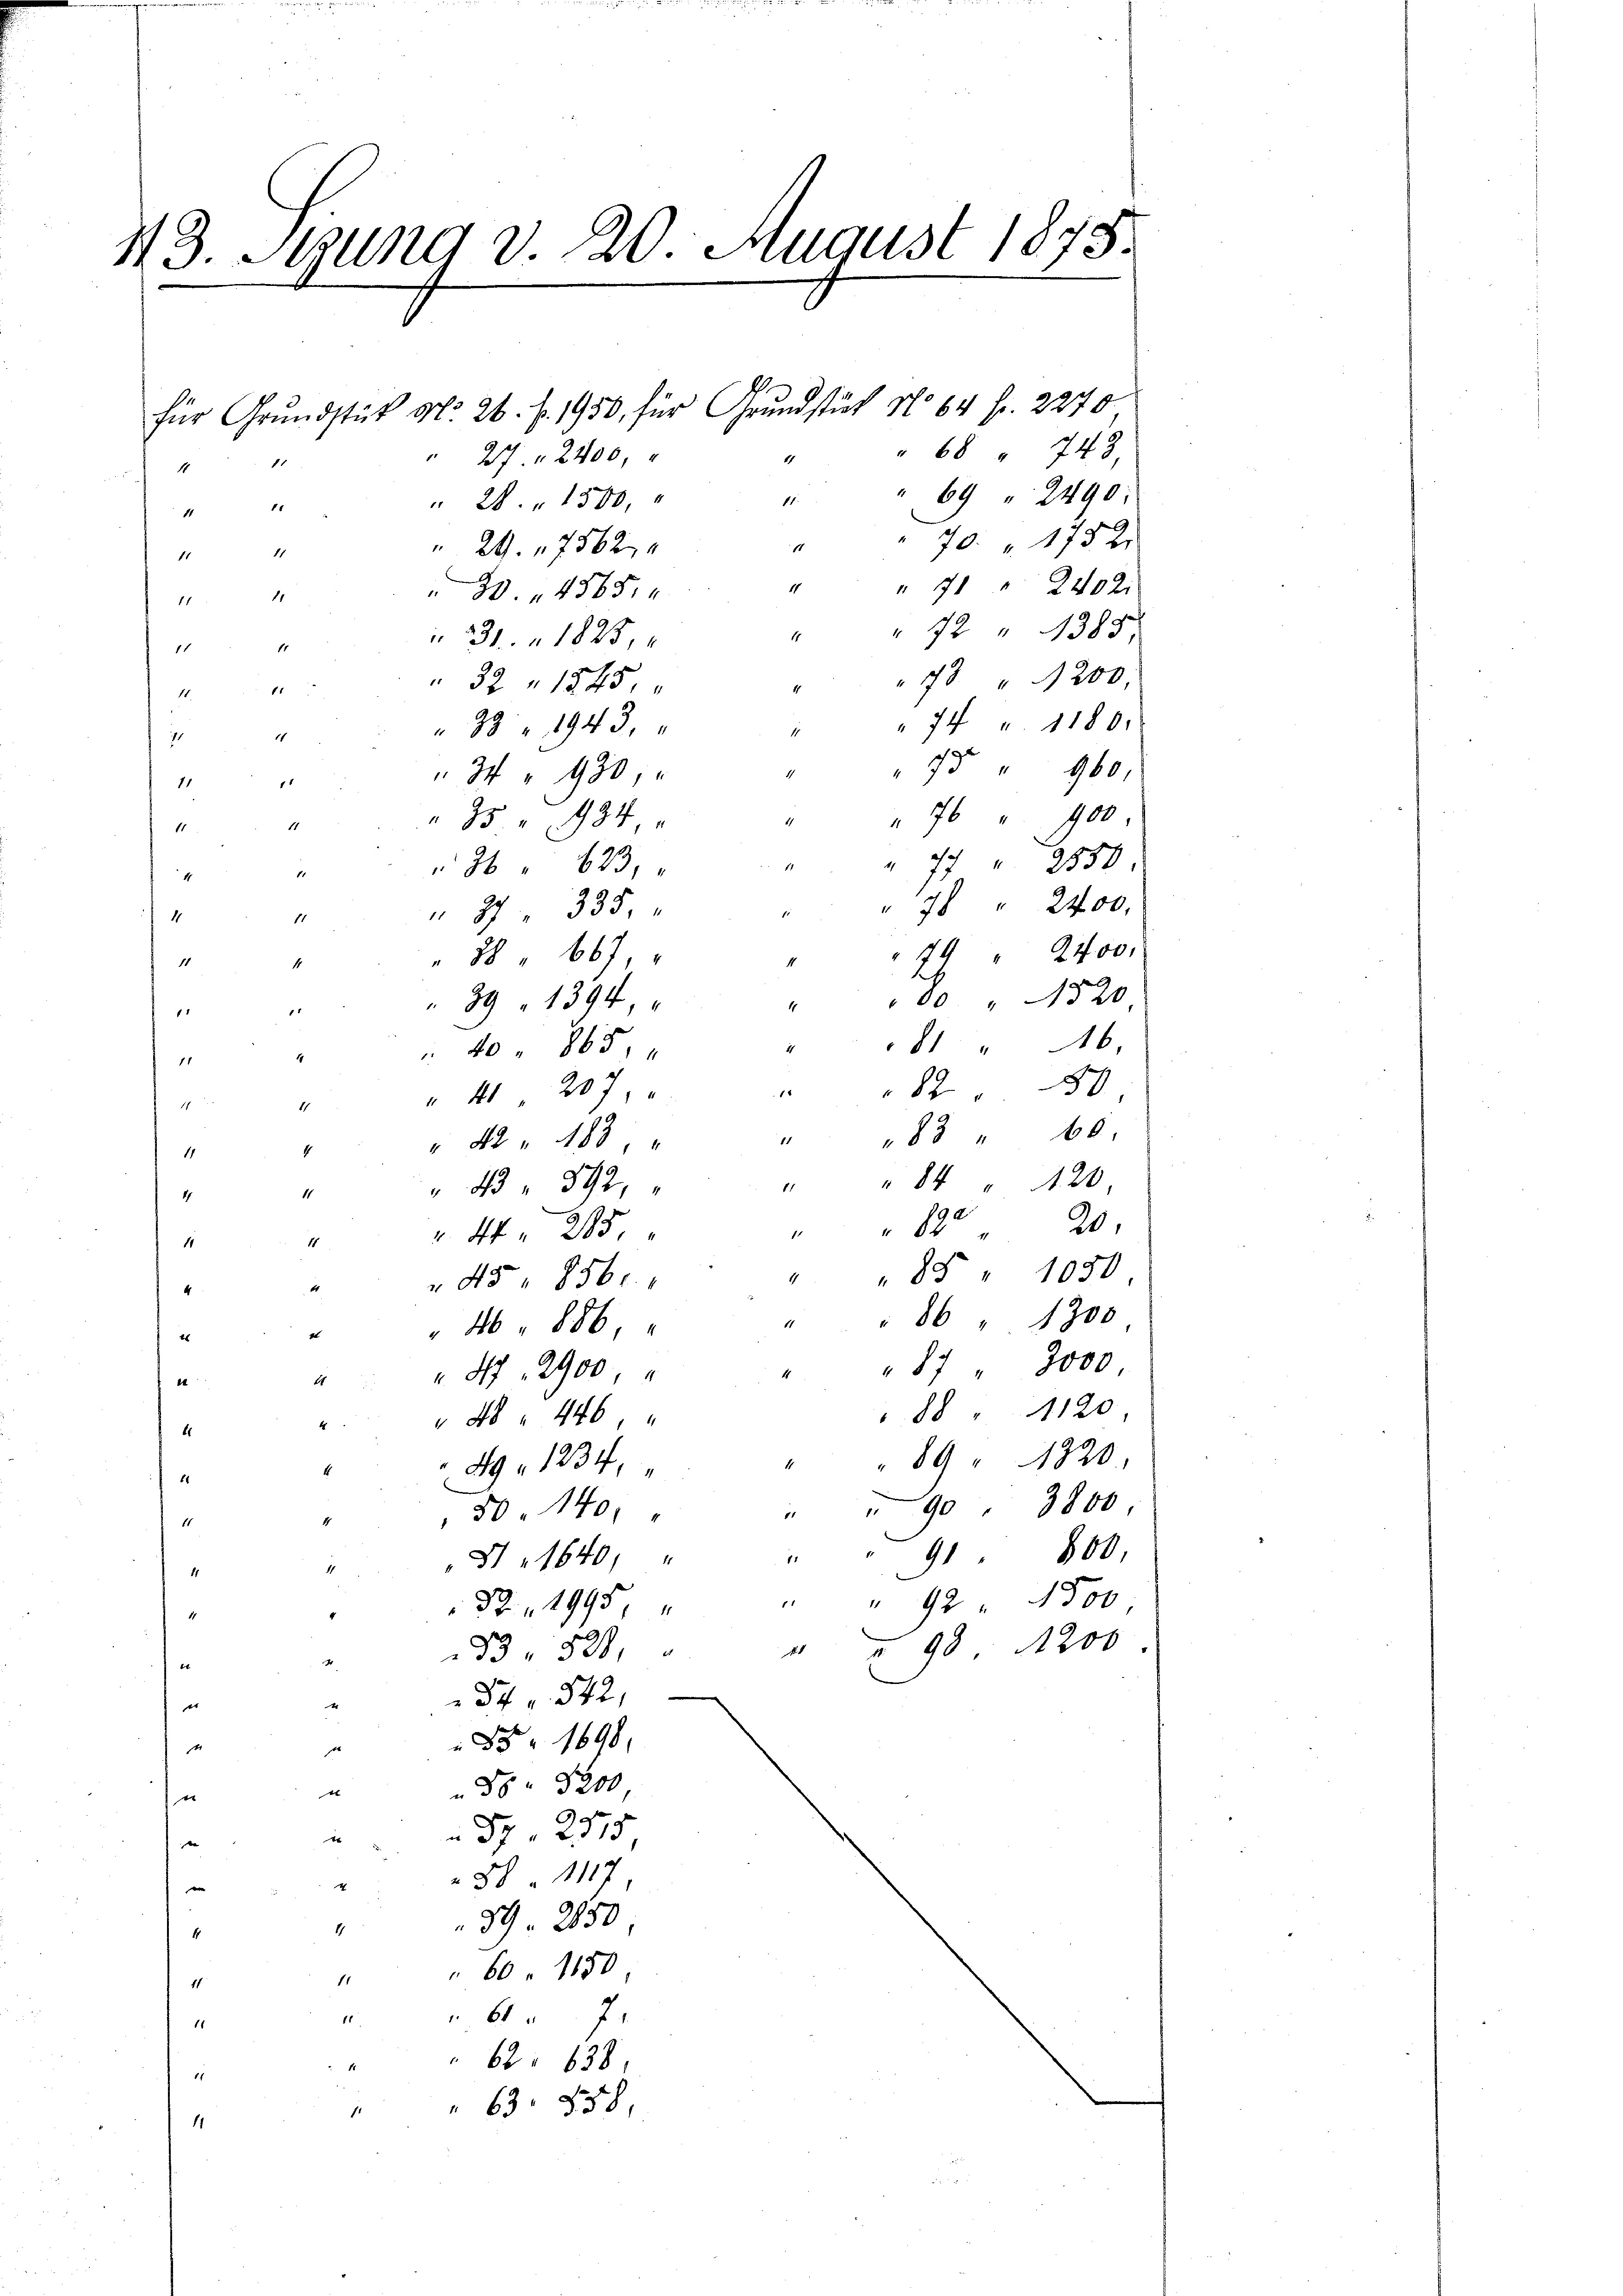
43. Stzung v. 20. August 1878.

für Grundstück No. 26. f. 1950, für Grundstück No 64 fr. 2270

1
1
11
11
11
1
11
11

" 27. 2400.
11.
" 28. " 1500,
11
29. 7562
2. 4505
 31. 1825,
11
1
32 1845
 x
38 " 1943.
11
71
75
s
34 " 430,
11
11
11
35. 984.
11
 76 633,
 27. 335.
4
1.
88 " 667.
1
39 " 1394,
 E
"40 " 865.
11
14
" 41 207,
i
11
1
" " 183,
11
1
"   392,
11
1
 44. 285.
1
45 8560.
46. 886.
 87. 2900,
e
" 48. 446,
49. 1234,
1
50. 140.
1
81640,
82. 1995,
33. 521,
34. 542.
85 1698.
1.
x
88. 3300
t
 57. 2315
t
881117
39. 2850
1
4
60. 1150
1.
11
 617
11
11
62. 638
.
 63. 858,
1

7 " 2400.
79 " 2400.
1
e
00 " 20
16.
11
820.
83 " 60.
84
120,
20.
" 892
85 " 1050
86 " 1300
87 " 3000
88 " 1120
89 " 1820.
90 " 3800,
91 800,
" " 92 " 4300,
" " 98. 1200

" 68 " 743,
" 69 " 2490.
70 " 1752
" 71 " 2402.
72 " 1388
78 " 1200
74 " 11801
" 960,
" 76 " 100
" " 77 " 2550